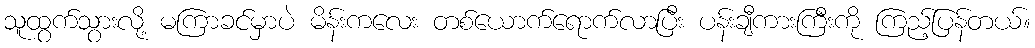
သူထွက်သွားလို့ မကြာခင်မှာပဲ မိန်းကလေး တစ်ယောက်ရောက်လာပြီး ပန်းချီကားကြီးကို ကြည့်ပြန်တယ်။